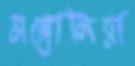
মঙ্গোলিয়া